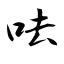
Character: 呿